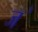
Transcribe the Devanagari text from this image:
ज॓